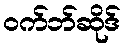
ဝက်ဘ်ဆိုဒ်